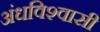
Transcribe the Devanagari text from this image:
अंधविश्‍वासी